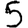
Digit: 5